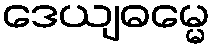
ဒေယျဓမ္မေ